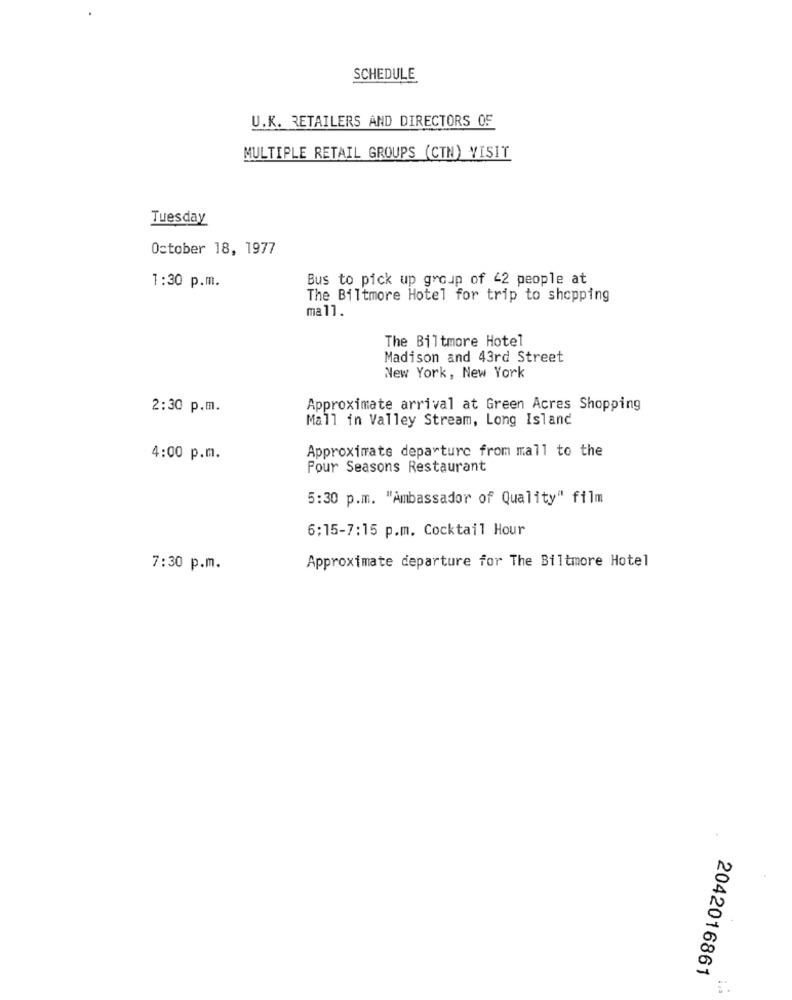
SCHEDULE
U.K. RETAILERS AND DIRECTORS OF
MULTIPLE RETAIL GROUPS (CTN) VISIT
Tuesday
October 18, 1977
Bus to pick up group of 42 people at
1:30 p.m.
The Biltmore Hotel for trip to shopping
mall.
The Biltmore Hotel
Madison and 43rd Street
New York, New York
2:30 p.m.
Approximate arrival at Green Acres Shopping
Mall in Valley Stream, Long Island
Approximate departure from mall to the
4:00 p.m.
Pour Seasons Restaurant
5:30 p.m. "Ambassador of Quality" film
6:15-7:15 p.m. Cocktail Hour
Approximate departure for The Biltmore Hotel
7:30 p.m.
2042016861